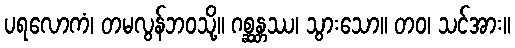
ပရလောကံ၊ တမလွန်ဘဝသို့။ ဂစ္ဆန္တဿ၊ သွားသော။ တဝ၊ သင်အား။